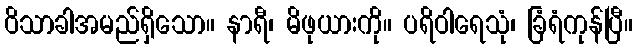
ဝိသာခါအမည်ရှိသော။ နာရီ၊ မိဖုယားကို။ ပရိဝါရေသုံ၊ ခြံရံကုန်ပြီ။